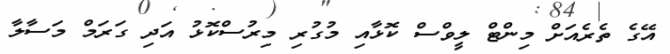
އޭގެ ތެރެއަށް މިންޓް ލީވްސް ކޮޅާއި މުގުރި މިރުސްކޮޅު އަދި ގަރަމް މަސާލާ